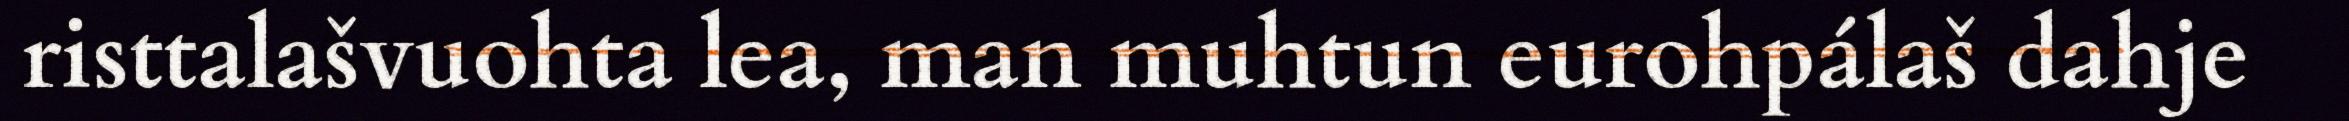
risttalašvuohta lea, man muhtun eurohpálaš dahje